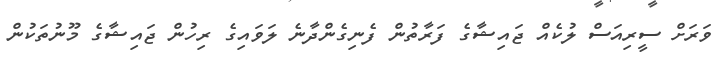
ވަރަށް ސީރިއަސް ލުކެއް ޖައިޝާގެ ފަރާތުން ފެނިގެންދާނެ ލަވައިގެ ރިހުން ޖައިޝާގެ މޫނުތަކުން